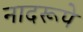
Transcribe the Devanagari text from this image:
नादरूपे